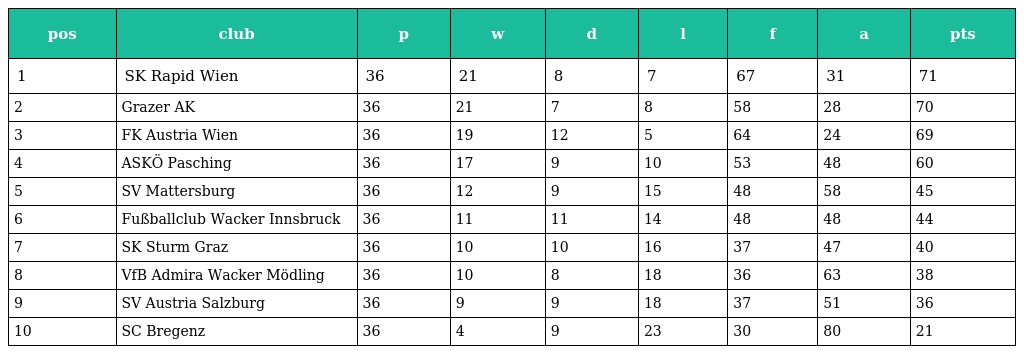
| pos | club | p | w | d | l | f | a | pts |
 | --- | --- | --- | --- | --- | --- | --- | --- | --- |
 | 1 | SK Rapid Wien | 36 | 21 | 8 | 7 | 67 | 31 | 71 |
 | 2 | Grazer AK | 36 | 21 | 7 | 8 | 58 | 28 | 70 |
 | 3 | FK Austria Wien | 36 | 19 | 12 | 5 | 64 | 24 | 69 |
 | 4 | ASKÖ Pasching | 36 | 17 | 9 | 10 | 53 | 48 | 60 |
 | 5 | SV Mattersburg | 36 | 12 | 9 | 15 | 48 | 58 | 45 |
 | 6 | Fußballclub Wacker Innsbruck | 36 | 11 | 11 | 14 | 48 | 48 | 44 |
 | 7 | SK Sturm Graz | 36 | 10 | 10 | 16 | 37 | 47 | 40 |
 | 8 | VfB Admira Wacker Mödling | 36 | 10 | 8 | 18 | 36 | 63 | 38 |
 | 9 | SV Austria Salzburg | 36 | 9 | 9 | 18 | 37 | 51 | 36 |
 | 10 | SC Bregenz | 36 | 4 | 9 | 23 | 30 | 80 | 21 |